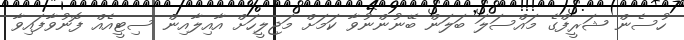
ހުސެން ޝަރީފްގެ މައްސަލަ ބަލަން ބޭނުންނުވާ ކަމަށް މަޖިލީހަށް އާއިލާއިން ސިޓީއެއް ފޮނުވާފައިވާ